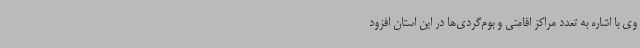
وی با اشاره به تعدد مراکز اقامتی و بوم‌گردی‌ها در این استان افزود